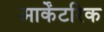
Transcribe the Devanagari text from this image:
आर्केंटरिक